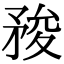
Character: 𥍬